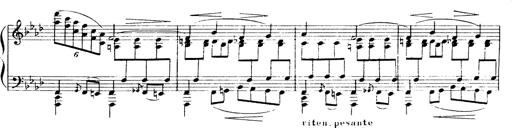
Title: Magyar dalok
Composer: Franz Liszt